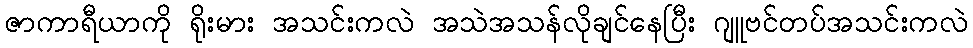
ဇာကာရီယာကို ရိုးမား အသင်းကလဲ အသဲအသန်လိုချင်နေပြီး ဂျူဗင်တပ်အသင်းကလဲ